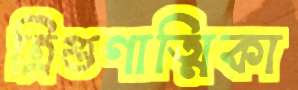
ত্রিগুণাত্মিকা